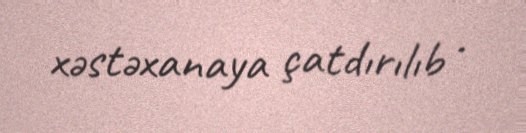
xəstəxanaya çatdırılıb .